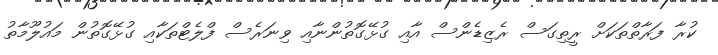
ކުރާ ފަރާތްތަކަށް ރީތިގަސް ރެޒިޑެންސް އާއި ގުޅޭގޮތުންނާއި ވިނަރެސް ފްލެޓްތަކާއި ގުޅޭގޮތުން މައުލޫމާތު